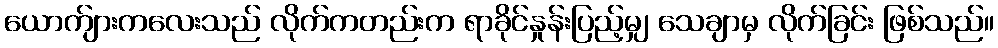
ယောက်ျားကလေးသည် လိုက်ကတည်းက ရာခိုင်နှုန်းပြည့်မျှ သေချာမှ လိုက်ခြင်း ဖြစ်သည်။